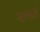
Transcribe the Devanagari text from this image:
शातले